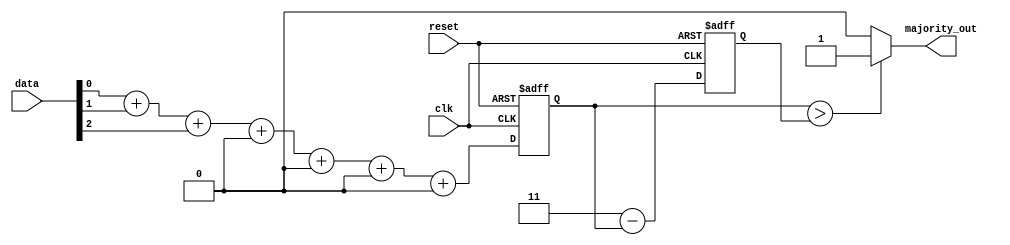
module majority_voting_detector #(
    parameter N = 3 // N should be an odd number (3, 5, 7, etc.)
) (
    input  wire [N-1:0] data,   // Input data
    output wire majority_out,    // Majority output
    input  wire clk,             // Clock input (for synchronous design)
    input  wire reset            // Reset input
);

    reg [N-1:0] count_1s;        // Count of 1's
    reg [N-1:0] count_0s;        // Count of 0's

    always @(posedge clk or posedge reset) begin
        if (reset) begin
            count_1s <= 0;
            count_0s <= 0;
        end else begin
            count_1s <= (data[0] + data[1] + data[2] + (N > 3 ? data[3] : 0) + (N > 4 ? data[4] : 0) + (N > 5 ? data[5] : 0) + (N > 6 ? data[6] : 0));
            count_0s <= N - count_1s; // Count of 0's is total minus count of 1's
        end
    end

    // Majority output logic
    assign majority_out = (count_1s > count_0s) ? 1 : 0;

endmodule